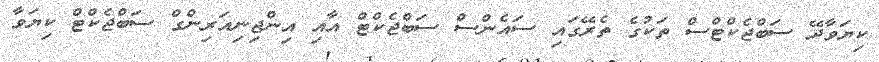
ކިޔަވާދޭ ސަބްޖެކްޓްސް ތަކުގެ ތެރޭގައި ސައެންސް ސަބްޖެކްޓް އާއި އިންޖިނިއަރިންގް ސަބްޖެކްޓް ކިޔަވާ